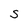
Character: S